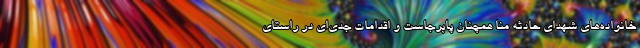
خانواده‌های شهدای حادثه منا همچنان پابرجاست و اقدامات جدی‌ای در راستای